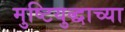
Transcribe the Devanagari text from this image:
मुष्टियुद्धाच्या